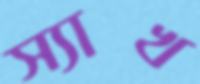
স্যাখ